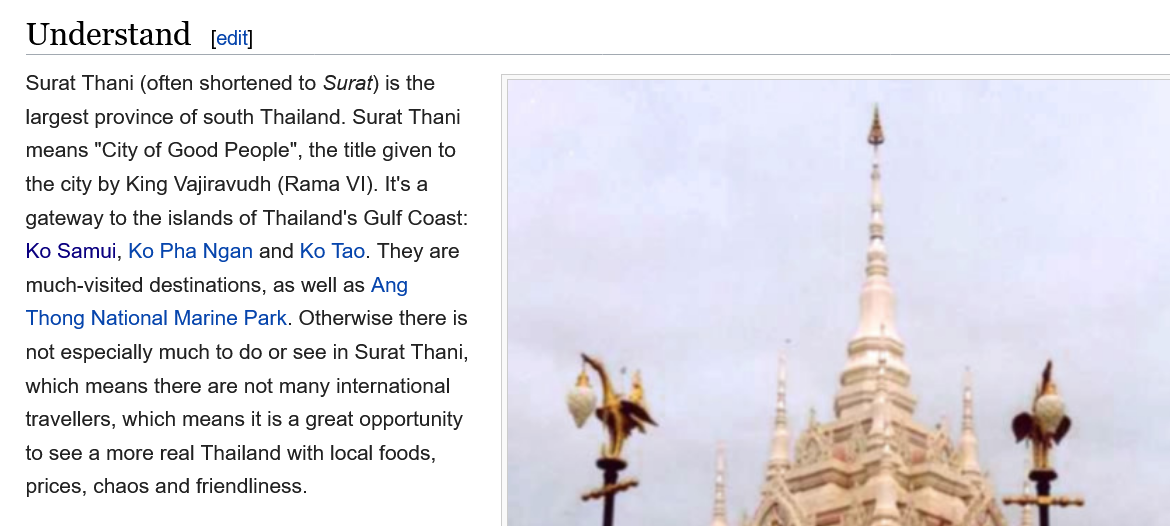
Understand    edit]
   Surat Thani (often shortened to Surat) is the
   largest province of south Thailand. Surat Thani
   means "City of Good People", the title given to
   the city by King Vajiravudh (Rama VI). It's a
   gateway to the islands of Thailand's Gulf Coast:
   Ko Samui, Ko Pha Ngan and Ko Tao. They are
   much-visited destinations, as well as Ang
   Thong National Marine Park. Otherwise there is
   not especially much to do or see in Surat Thani,
   which means there are not many international
   travellers, which means it is a great opportunity
   to see a more real Thailand with local foods,
   prices, chaos and friendliness.